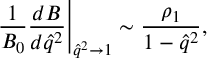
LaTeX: \left. \frac { 1 } { { \cal B } _ { 0 } } \frac { d { \cal B } } { d \hat { q } ^ { 2 } } \right| _ { \hat { q } ^ { 2 } \to 1 } \sim \frac { \rho _ { 1 } } { 1 - \hat { q } ^ { 2 } } ,